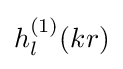
h_{l}^{(1)}({kr})